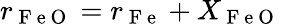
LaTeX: r_{\mathrm{~F~e~O~}}=r_{\mathrm{~F~e~}}+X_{\mathrm{~F~e~O~}}